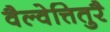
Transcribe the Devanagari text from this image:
वैल्वेत्तितुरै